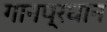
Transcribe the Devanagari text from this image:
गानप्रधान